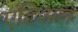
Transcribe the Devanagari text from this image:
एंटिअल